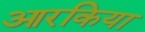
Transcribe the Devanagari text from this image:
आरकिया